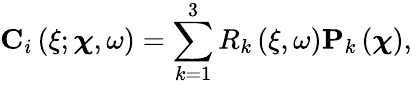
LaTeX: \mathbf{C}_{i}\left(\xi;\boldsymbol\chi,\omega\right)=\sum_{k=1}^{3}R_{k}\left(\xi,\omega\right)\mathbf{P}_{k}\left(\boldsymbol\chi\right),